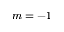
m = - 1